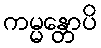
ကမ္မန္တောပိ